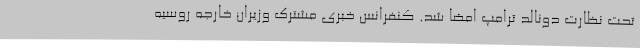
تحت نظارت دونالد ترامپ امضا شد. کنفرانس خبری مشترک وزیران خارجه روسیه